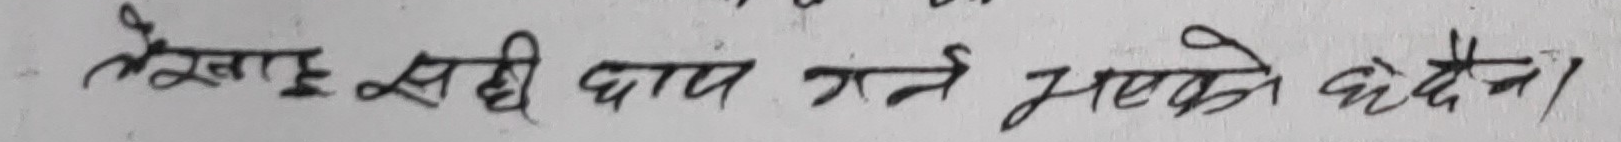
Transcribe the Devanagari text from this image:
लेखाइ सही जाच गर्ने भएको छैन।